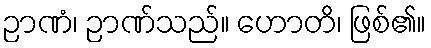
ဉာဏံ၊ ဉာဏ်သည်။ ဟောတိ၊ ဖြစ်၏။